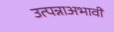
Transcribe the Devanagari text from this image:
उत्पन्नाअभावी